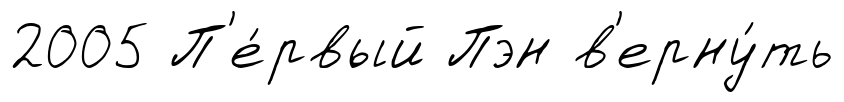
2005 П'е́рвый Пэн в'ерну́ть